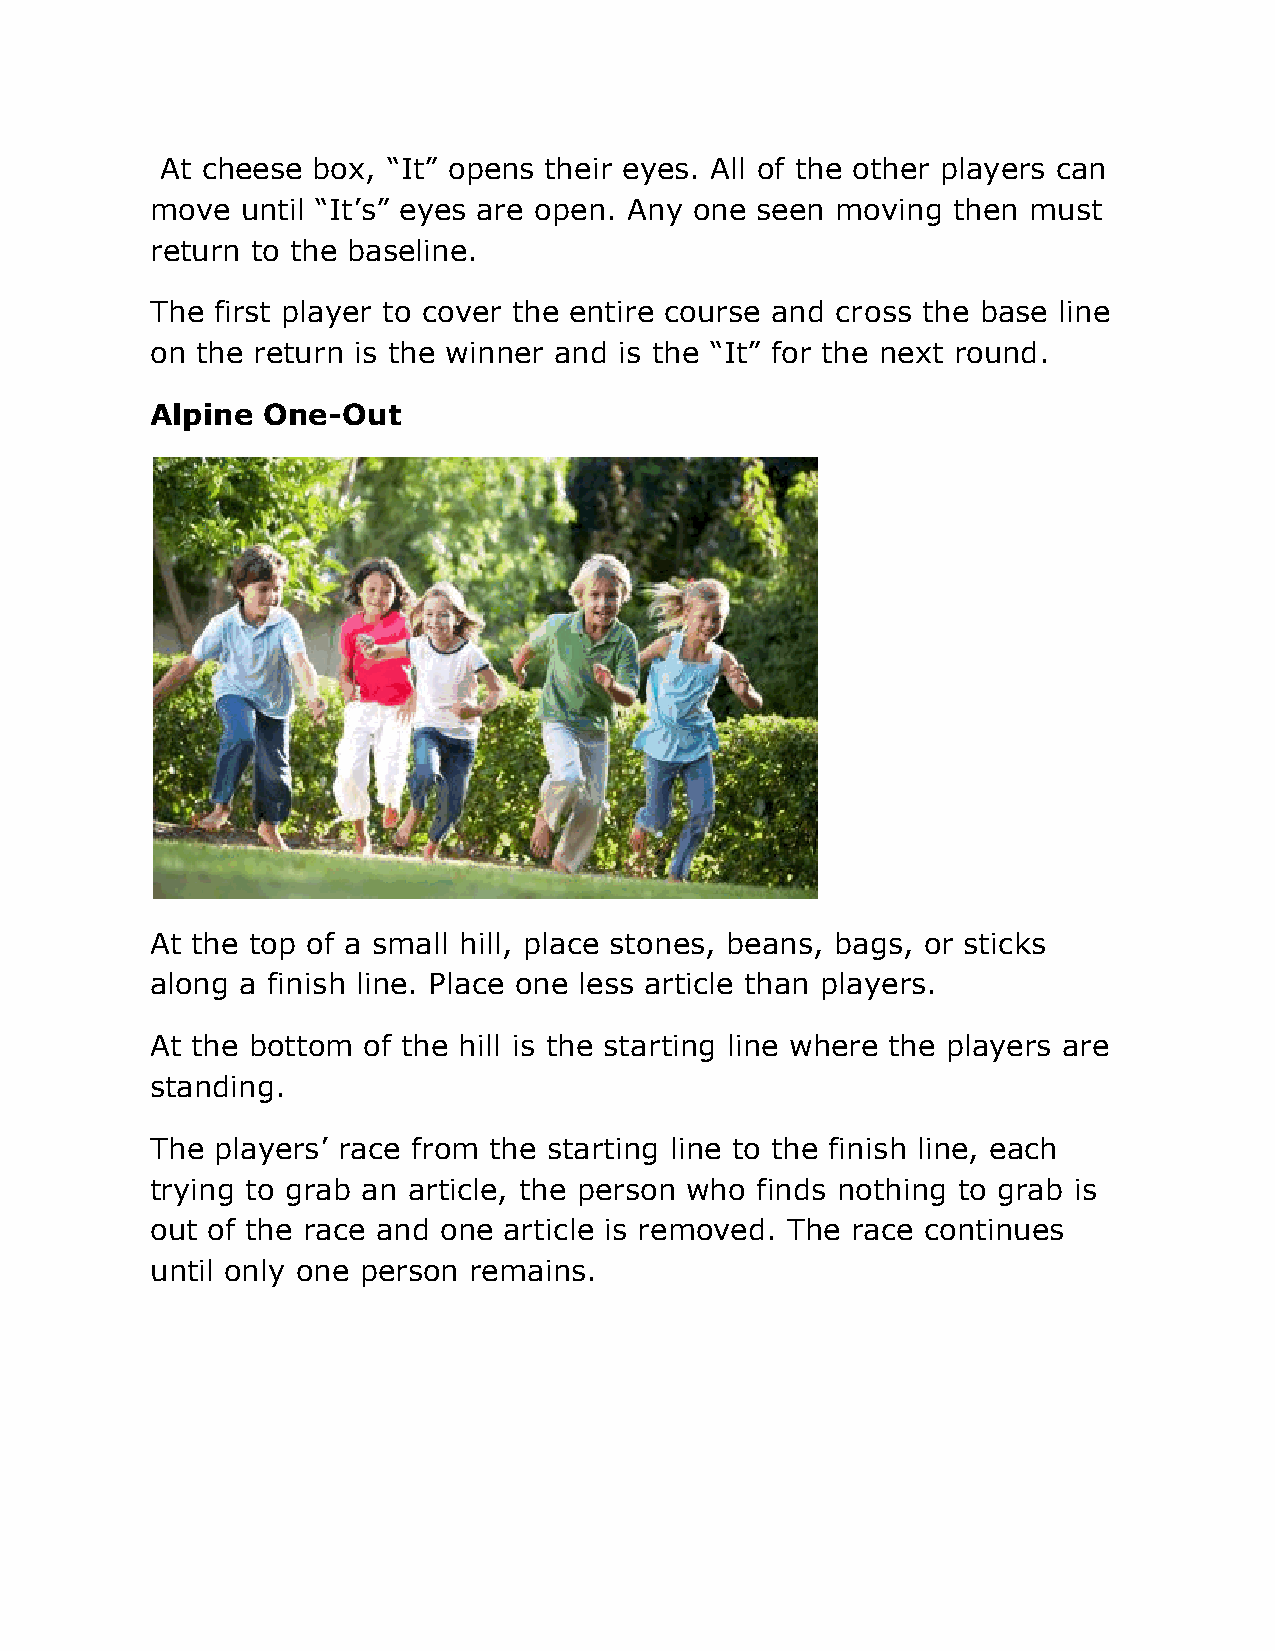
At cheese box, “It” opens their eyes. All of the other players can
 move  until “It’s” eyes are open. Any one seen moving then must
 return to the baseline.
 The first player to cover the entire course and cross the base line
 on the return is the winner and is the “It” for the next round.
 Alpine One-Out
 At the top of a small hill, place stones, beans, bags, or sticks
 along a finish line. Place one less article than players.
 At the bottom of the hill is the starting line where the players are
 standing.
 The players’ race from the starting line to the finish line, each
 trying to grab an article, the person who finds nothing to grab is
 out of the race and one article is removed. The race continues
 until only one person remains.